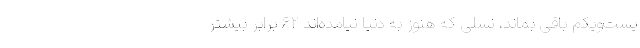
یست‌و‌یکم باقی بماند، نسلی که هنوز به دنیا نیامده‌اند ۶۲ برابر بیشتر